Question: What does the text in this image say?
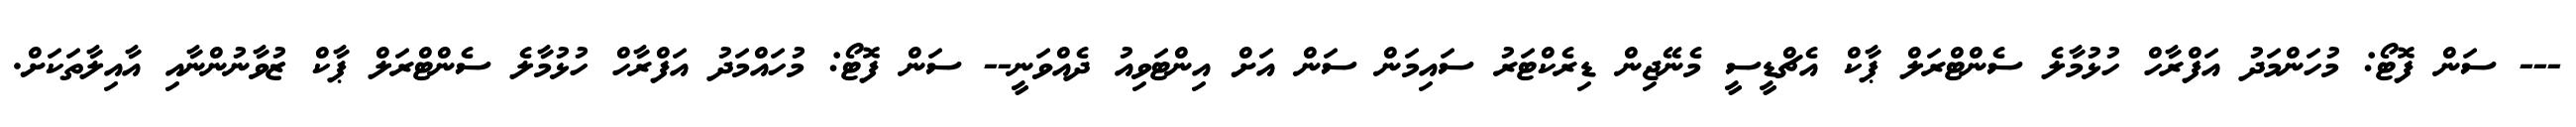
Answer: --- ސަން ފޮޓޯ: މުހަންމަދު އަފްރާހް ހުޅުމާލެ ސެންޓްރަލް ޕާކް އެޗްޑީސީ މެނޭޖިން ޑިރެކްޓަރު ސައިމަން ސަން އަށް އިންޓަވިއު ދެއްވަނީ-- ސަން ފޮޓޯ: މުހައްމަދު އަފްރާހް ހުޅުމާލެ ސެންޓްރަލް ޕާކް ޒުވާނުންނާއި އާއިލާތަކަށް.